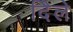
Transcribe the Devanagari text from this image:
दिेले